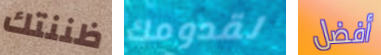
ظننتك لقدومك أفضل